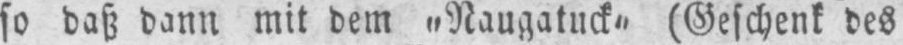
so daß dann mit dem „Naugatuck‟ (Geschenk des